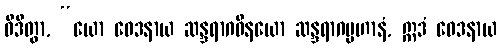
ဝိဒိတွာ, “ယော ဝေဒနာယ ဆန္ဒရာဂဝိနယော ဆန္ဒရာဂပ္ပဟာနံ, ဣဒံ ဝေဒနာယ